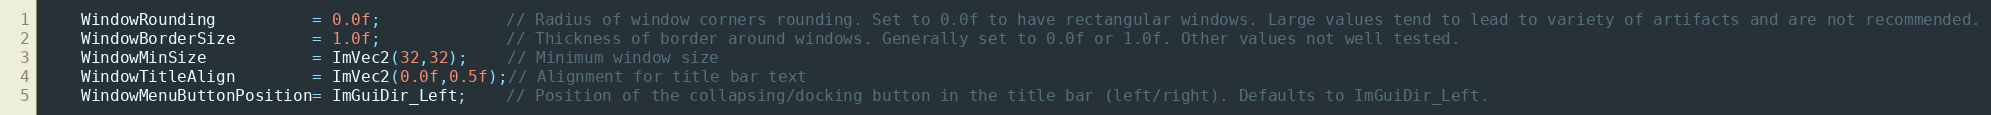
Language: C++
    WindowRounding          = 0.0f;             // Radius of window corners rounding. Set to 0.0f to have rectangular windows. Large values tend to lead to variety of artifacts and are not recommended.
    WindowBorderSize        = 1.0f;             // Thickness of border around windows. Generally set to 0.0f or 1.0f. Other values not well tested.
    WindowMinSize           = ImVec2(32,32);    // Minimum window size
    WindowTitleAlign        = ImVec2(0.0f,0.5f);// Alignment for title bar text
    WindowMenuButtonPosition= ImGuiDir_Left;    // Position of the collapsing/docking button in the title bar (left/right). Defaults to ImGuiDir_Left.